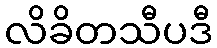
လိခိတသီပဒီ